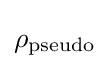
\rho _{\text{pseudo}}